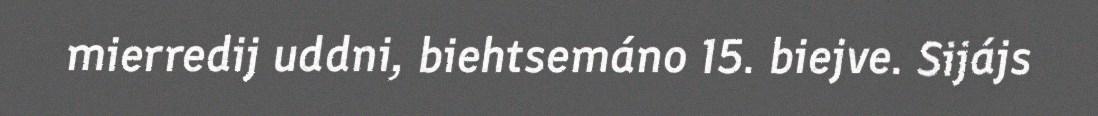
mierredij uddni, biehtsemáno 15. biejve. Sijájs